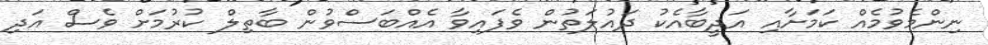
ނިންމެވުމެއް ކަމަށާއި އަދީބާއެކު ދައުލަތުން ވެފައިވާ އެއްބަސްވުން ބާތިލް ކުރުމަށް ވެސް އަދި